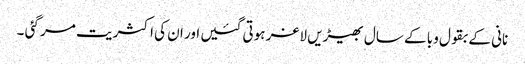
نانی کے بقول وبا کے سال بھیڑیں لاغر ہوتی گئیں اور ان کی اکثریت مر گئی ۔